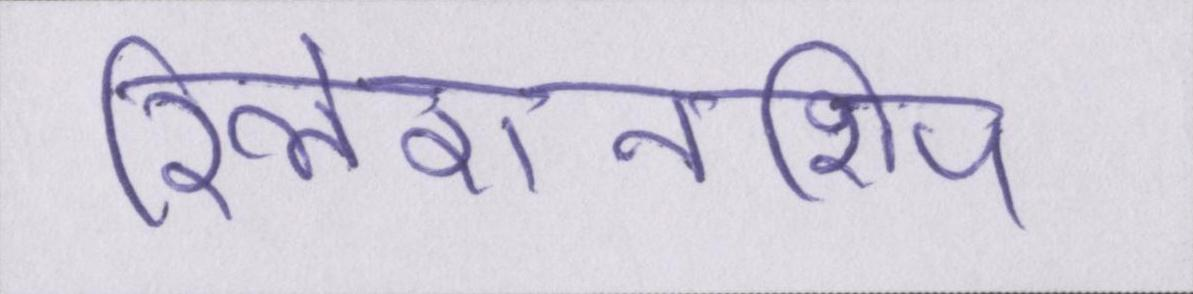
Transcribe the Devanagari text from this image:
रिलेशनशिप